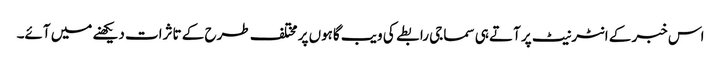
اس خبر کے انٹرنیٹ پر آتے ہی سماجی رابطے کی ویب گاہوں پر مختلف طرح کے تاثرات دیکھنے میں آئے۔